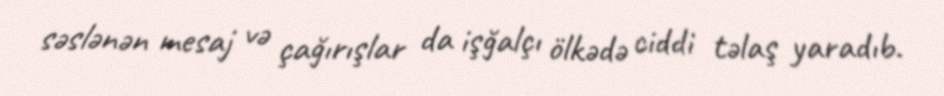
səslənən mesaj və çağırışlar da işğalçı ölkədə ciddi təlaş yaradıb.